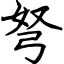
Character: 弩